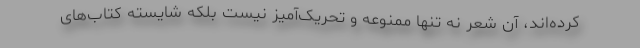
کرده‌اند، آن شعر نه تنها ممنوعه و تحریک‌آمیز نیست بلکه شایسته کتاب‌های